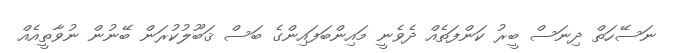
ނަސޭހަތް ދިނަސް ބީރު ކަންފަތެއް ދެވެނީ މައިންބަފައިންގެ ބަސް ޤަބޫލުކުރަން ބޭނުން ނުވާތީއެއް